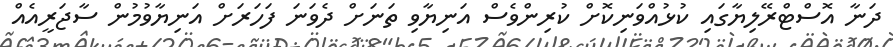
ދަނާ އޮސްޓްރޭލިޔާގައި ކުޅުއްވަނިކޮށް ކުރިންވެސް އަނިޔާވި ތަނަށް ދެވަަނަ ފަހަރަށް އަނިޔާވުމުން ސާޖަރީއެއް